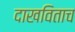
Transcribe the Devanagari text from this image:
दाखविताच